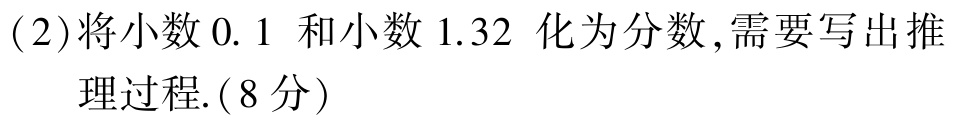
(2)将小数$0.1$和小数$1.32$化为分数,需要写出推理过程.(8分)